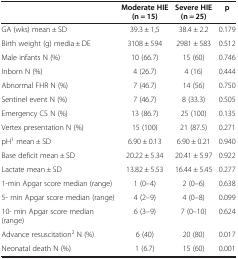
<table><thead><tr><td><b> </b></td><td><b>Moderate HIE (n = 15)</b></td><td><b>Severe HIE (n = 25)</b></td><td><b>p</b></td></tr></thead><tbody><tr><td>GA (wks) mean ± SD</td><td>39.3 ± 1,5</td><td>38.4 ± 2.2</td><td>0.179</td></tr><tr><td>Birth weight (g) media ± DE</td><td>3108 ± 594</td><td>2981 ± 583</td><td>0.512</td></tr><tr><td>Male infants N (%)</td><td>10 (66.7)</td><td>15 (60)</td><td>0.746</td></tr><tr><td>Inborn N (%)</td><td>4 (26.7)</td><td>4 (16)</td><td>0.444</td></tr><tr><td>Abnormal FHR N (%)</td><td>7 (46.7)</td><td>14 (56)</td><td>0.750</td></tr><tr><td>Sentinel event N (%)</td><td>7 (46.7)</td><td>8 (33.3)</td><td>0.505</td></tr><tr><td>Emergency CS N (%)</td><td>13 (86.7)</td><td>25 (100)</td><td>0.135</td></tr><tr><td>Vertex presentation N (%)</td><td>15 (100)</td><td>21 (87.5)</td><td>0.271</td></tr><tr><td>pH<sup>1</sup> mean ± SD</td><td>6.90 ± 0.13</td><td>6.90 ± 0.21</td><td>0.940</td></tr><tr><td>Base deficit mean ± SD</td><td>20.22 ± 5.34</td><td>20.41 ± 5.97</td><td>0.922</td></tr><tr><td>Lactate mean ± SD</td><td>13.82 ± 5.53</td><td>16.44 ± 5.45</td><td>0.277</td></tr><tr><td>1-min Apgar score median (range)</td><td>1 (0–4)</td><td>2 (0–6)</td><td>0.638</td></tr><tr><td>5- min Apgar score median (range)</td><td>4 (2–9)</td><td>4 (0–8)</td><td>0.099</td></tr><tr><td>10- min Apgar score median (range)</td><td>6 (3–9)</td><td>7 (0–10)</td><td>0.624</td></tr><tr><td>Advance resuscitation<sup>2</sup> N (%)</td><td>6 (40)</td><td>20 (80)</td><td>0.017</td></tr><tr><td>Neonatal death N (%)</td><td>1 (6.7)</td><td>15 (60)</td><td>0.001</td></tr></tbody></table>